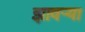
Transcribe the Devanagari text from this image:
झावर्‍या